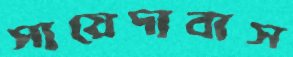
সায়েদাবাস